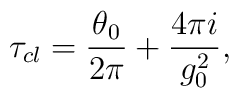
\tau_{cl}={\theta_0 \over 2\pi} + {4 \pi i \over g_0^2},